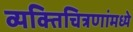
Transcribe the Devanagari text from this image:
व्यक्तिचित्रणांमध्ये